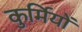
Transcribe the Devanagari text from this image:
कुर्मियों